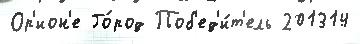
Ор'ион'е Го́род Поб'ед'и́т'ель 201314